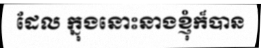
ដែល ក្នុងនោះនាងខ្ញុំក៏បាន